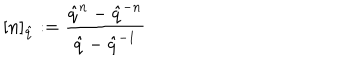
\lbrack n ] _ { \hat { q } } : = \frac { \hat { q } ^ { n } - \hat { q } ^ { - n } } { \hat { q } - \hat { q } ^ { - 1 } }